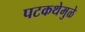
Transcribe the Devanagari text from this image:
पटकथेमुळे